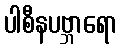
ပါစီနပဗ္ဘာရော